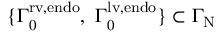
\{ { \Gamma } _ { 0 } ^ { \mathrm { r v , e n d o } } , \ { \Gamma } _ { 0 } ^ { \mathrm { l v , e n d o } } \} \subset { \Gamma } _ { \mathrm { N } }